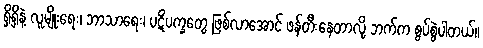
ရှိရှိနဲ့ လူမျိုးရေး၊ ဘာသာရေး၊ ပဋိပက္ခတွေ ဖြစ်လာအောင် ဖန်တီးနေတာလို့ ဘက်က စွပ်စွဲပါတယ်။